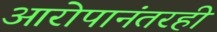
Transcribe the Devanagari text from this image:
आरोपानंतरही